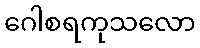
ဂေါစရကုသလော